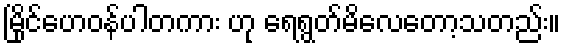
မြိုင်ဟေဝန်ပါတကား ဟု ရေရွတ်မိလေတော့သတည်း။